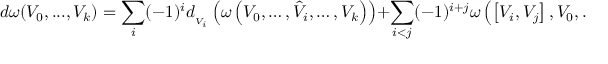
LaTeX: d \omega ( V _ { 0 } , . . . , V _ { k } ) = \sum _ { i } ( - 1 ) ^ { i } d _ { { } _ { V _ { i } } } \left( \omega \left( V _ { 0 } , \ldots , { \hat { V } } _ { i } , \ldots , V _ { k } \right) \right) + \sum _ { i < j } ( - 1 ) ^ { i + j } \omega \left( \left[ V _ { i } , V _ { j } \right] , V _ { 0 } , \ldots , { \hat { V } } _ { i } , \ldots , { \hat { V } } _ { j } , \ldots , V _ { k } \right)